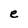
Character: e